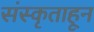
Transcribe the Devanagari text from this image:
संस्कृताहून